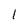
Character: 1